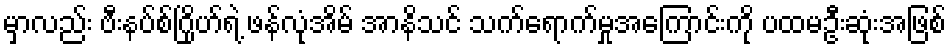
မှာလည်း ဗီးနပ်စ်ဂြိုဟ်ရဲ့ ဖန်လုံအိမ် အာနိသင် သက်ရောက်မှုအကြောင်းကို ပထမဦးဆုံးအဖြစ်